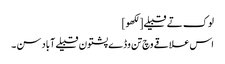
لوک تے قبیلے[لکھو]
اس علاقے وچ تن وڈے پشتون قبیلے آباد سن ۔